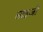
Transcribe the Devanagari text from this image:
साइजों